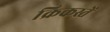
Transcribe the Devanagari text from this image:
क्रिकस्तें